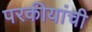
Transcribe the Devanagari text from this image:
परकीयांची